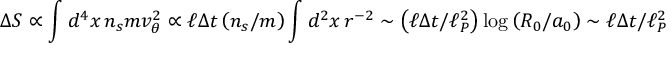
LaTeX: \Delta S \propto \int d ^ { 4 } x \, n _ { s } m v _ { \theta } ^ { 2 } \propto \ell \Delta t \left( n _ { s } / m \right) \int d ^ { 2 } x \, r ^ { - 2 } \sim \left( \ell \Delta t / \ell _ { P } ^ { 2 } \right) \log \left( R _ { 0 } / a _ { 0 } \right) \sim \ell \Delta t / \ell _ { P } ^ { 2 }